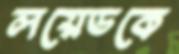
লয়েডকে